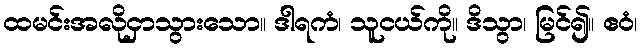
ထမင်းအလိုငှာသွားသော။ ဒါရကံ၊ သူငယ်ကို။ ဒိသွာ၊ မြင်၍။ ဧဝံ၊